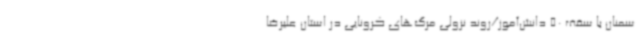
سمنان با سقف 50 دانش‌آموز/روند نزولی مرگ‌های کرونایی در استان علیرضا